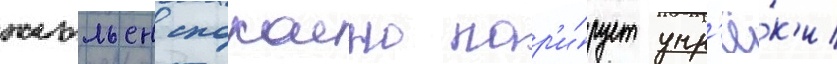
жюльен спокоино пар'и́рует упр'ё́к'и